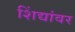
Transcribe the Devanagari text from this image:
शिंद्यांवर